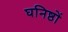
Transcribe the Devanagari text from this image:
घनिष्ठों